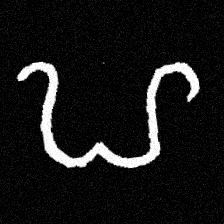
Pyu character \u2014 Myanmar letter: ဟ (romanized: ha)